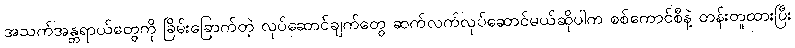
အသက်အန္တရာယ်တွေကို ခြိမ်းခြောက်တဲ့ လုပ်ဆောင်ချက်တွေ ဆက်လက်လုပ်ဆောင်မယ်ဆိုပါက စစ်ကောင်စီနဲ့ တန်းတူထားပြီး